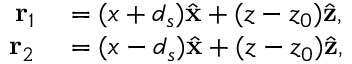
\begin{array} { r l } { { \bf r } _ { 1 } } & { { } = ( x + d _ { s } ) \hat { \bf x } + ( z - z _ { 0 } ) \hat { \bf z } , } \\ { { \bf r } _ { 2 } } & { { } = ( x - d _ { s } ) \hat { \bf x } + ( z - z _ { 0 } ) \hat { \bf z } , } \end{array}